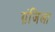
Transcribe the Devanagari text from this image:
ग्रंजिला